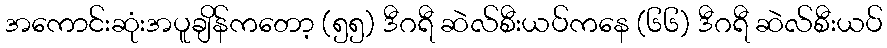
အကောင်းဆုံးအပူချိန်ကတော့ (၅၅) ဒီဂရီ ဆဲလ်စီးယပ်ကနေ (၆၆) ဒီဂရီ ဆဲလ်စီးယပ်